Civil Veterinary Department. Madras. Admin. report 1926-33 - 1926-1933
Year: 1926
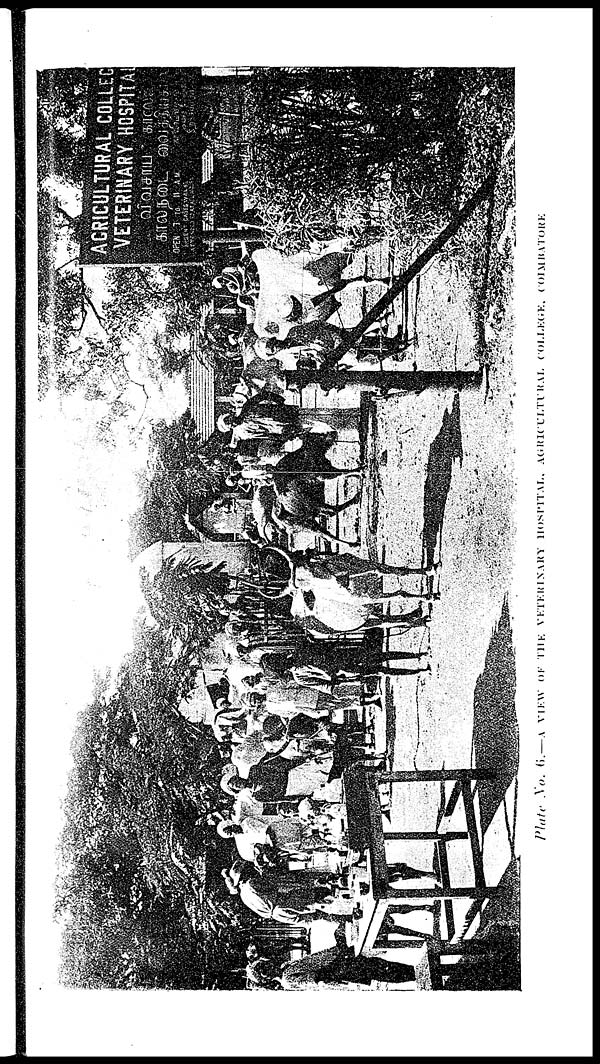
Plate
No.
6.—A
VIEW OF THE VETERINARY HOSPITAL, AGRICULTURAL COLLEGE, COIMBATORE